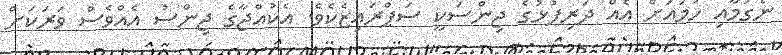
ނެގުމާއި ހަމައަށް އެއް ދަރިފުޅުގެ ޖިންސަކީ ސަޕްރައިޒެކެވެ. އެކުއްޖާގެ ޖިންސު އެއްވެސް ވަރަކަށް